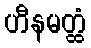
ဟီနမတ္ထံ